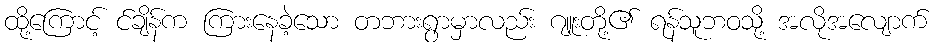
ထို့ကြောင့် င်ချိန်က ကြားနေခဲ့သော တဘားရွာမှာလည်း ဂျူးတို့၏ ရန်သူဘဝသို့ အလိုအလျောက်